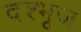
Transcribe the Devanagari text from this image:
दश्भूज